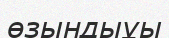
өзындыұы